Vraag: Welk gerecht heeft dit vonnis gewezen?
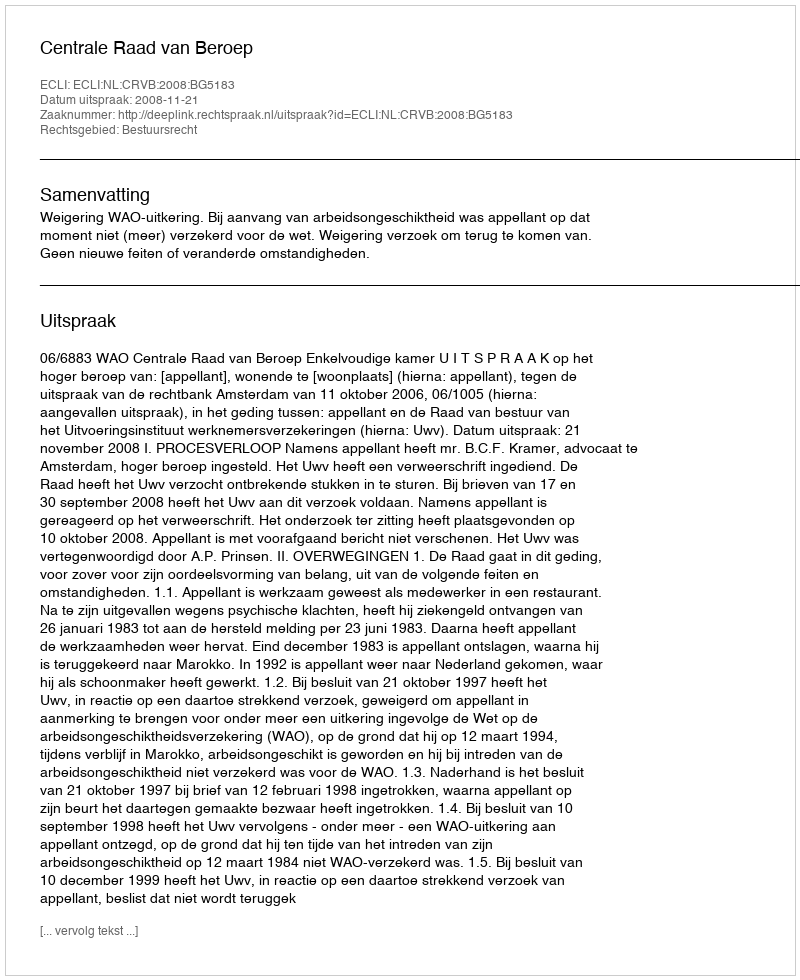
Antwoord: Centrale Raad van Beroep